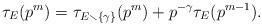
LaTeX: \begin{align*}\tau_E(p^m)=\tau_{E\smallsetminus \{\gamma\}}(p^m) + p^{-\gamma}\tau_E(p^{m-1}).\end{align*}